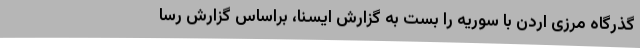
گذرگاه مرزی اردن با سوریه را بست به گزارش ایسنا، براساس گزارش رسا